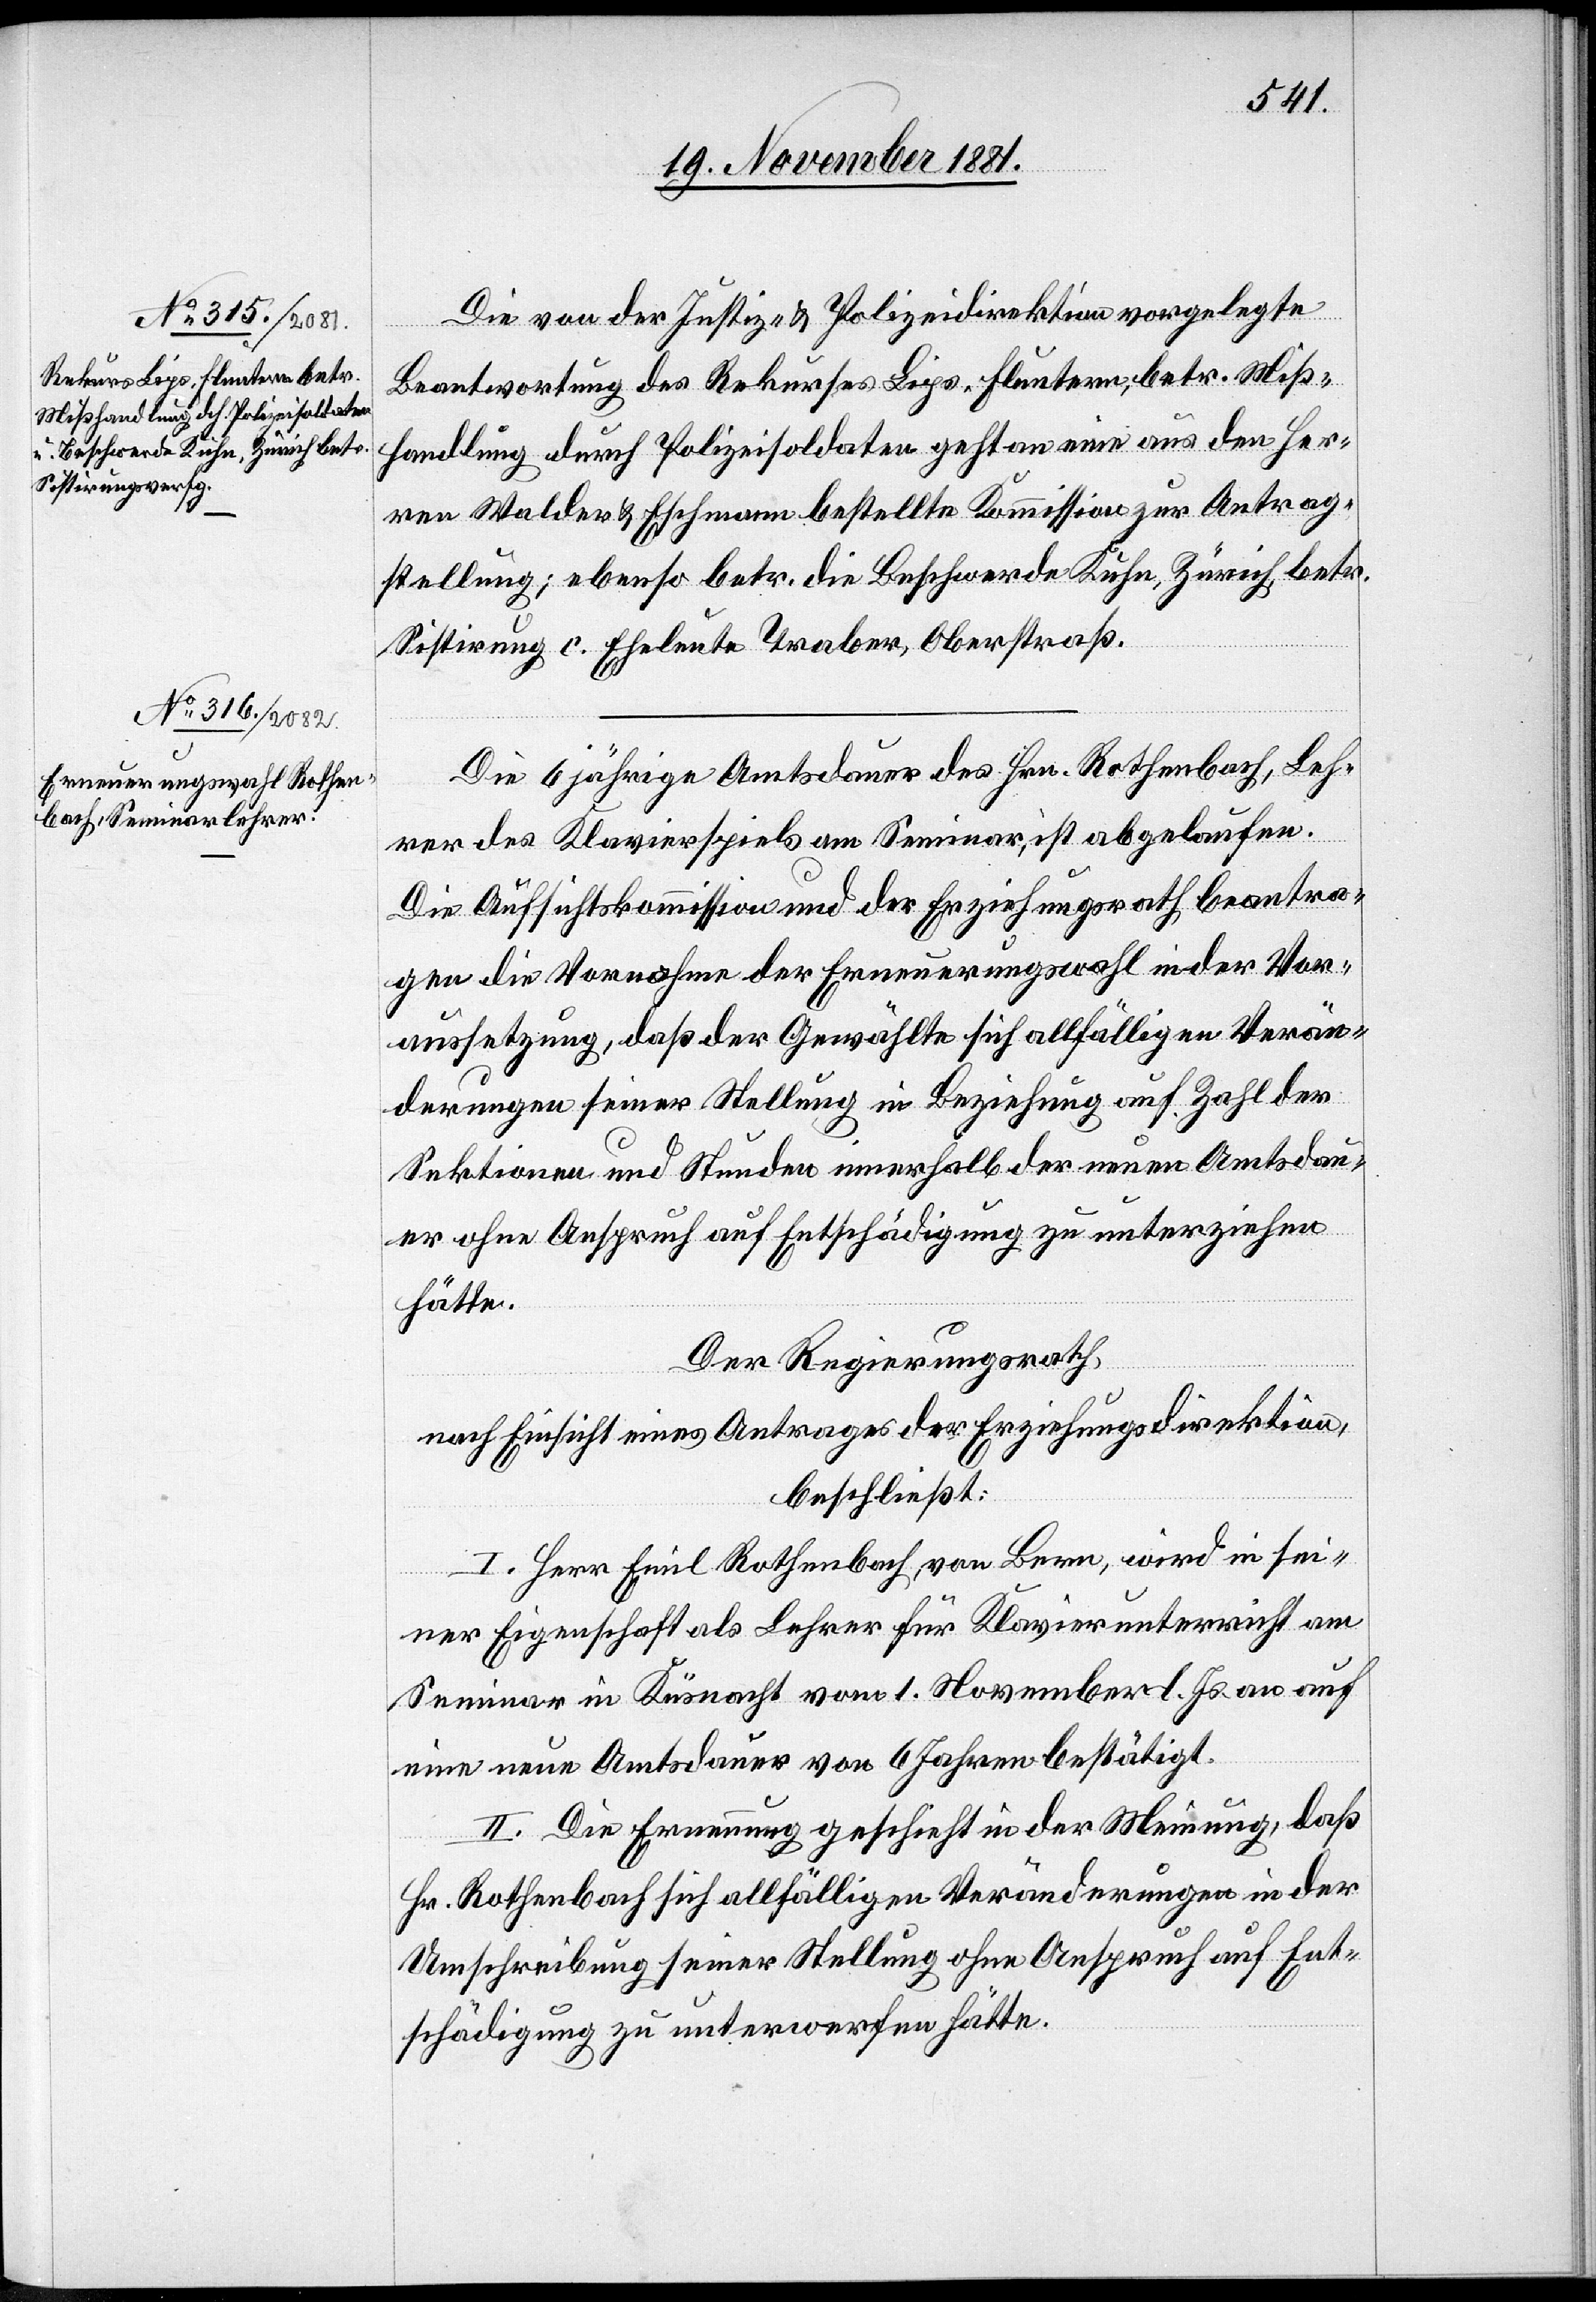
Die von der Justiz- & Polizeidirektion vorgelegte
Beantwortung des Rekurses Lips, Fluntern, betr. Miß¬
handlung durch Polizeisoldaten geht an eine aus den Her¬
ren Walder & Eschmann bestellte Kommission zur Antrag¬
stellung; ebenso betr. die Beschwerde Kuhn, Zürich, betr.
Sistirung c. Eheleute Traber, Oberstraß.
Die 6 jährige Amtsdauer des Hrn. Rothenbach, Leh¬
rer des Klavierspiels am Seminar, ist abgelaufen.
Die Aufsichtskommission und der Erziehungsrath beantra¬
gen die Vornahme der Erneuerungswahl in der Vor¬
aussetzung, daß der Gewählte sich allfälligen Verän¬
derungen seiner Stellung in Beziehung auf Zahl der
Sektionen und Stunden innerhalb der neuen Amtsdau¬
er ohne Anspruch auf Entschädigung zu unterziehen
hätte.
Der Regierungsrath,
nach Einsicht eines Antrages der Erziehungsdirektion,
beschließt:
I. Herr Emil Rothenbach, von Bern, wird in sei¬
ner Eigenschaft als Lehrer für Klavierunterricht am
Seminar in Küsnacht vom 1. November l. Js. auf
eine neue Amtsdauer von 6 Jahren bestätigt.
II. Die Erneuerung geschieht in der Meinung, daß
Hr. Rothenbach sich allfälligen Veränderungen in der
Umschreibung seiner Stellung ohne Anspruch auf Ent¬
schädigung zu unterwerfen hätte.